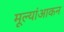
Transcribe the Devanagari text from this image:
मूल्यांआकन